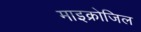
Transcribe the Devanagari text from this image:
माइक्रोजिल